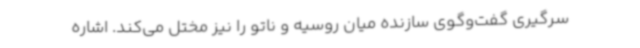
سرگیری گفت‌وگوی سازنده میان روسیه و ناتو را نیز مختل می‌کند. اشاره